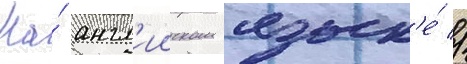
На́ англ'ииском язык'е́ //